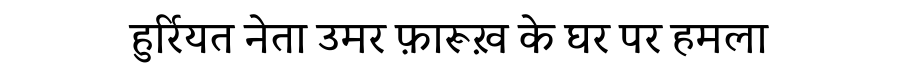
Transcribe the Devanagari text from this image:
हुर्रियत नेता उमर फ़ारूख़ के घर पर हमला